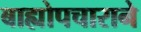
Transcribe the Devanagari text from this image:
बाह्योपचाराने